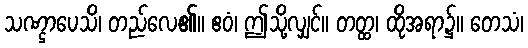
သဏ္ဌာပေသိ၊ တည်လေ၏။ ဧဝံ၊ ဤသို့လျှင်။ တတ္ထ၊ ထိုအရာ၌။ တေသံ၊